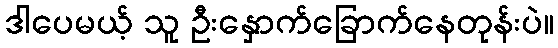
ဒါပေမယ့် သူ ဦးနှောက်ခြောက်နေတုန်းပဲ။